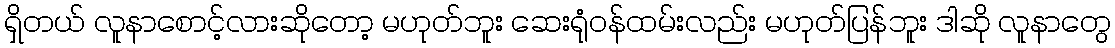
ရှိတယ် လူနာစောင့်လားဆိုတော့ မဟုတ်ဘူး ဆေးရုံဝန်ထမ်းလည်း မဟုတ်ပြန်ဘူး ဒါဆို လူနာတွေ